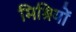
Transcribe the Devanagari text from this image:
मिश्रियों